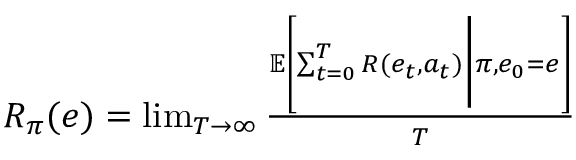
\begin{array} { r } { R _ { \pi } ( e ) = \operatorname* { l i m } _ { T \rightarrow \infty } \frac { \mathbb { E } \left[ \sum _ { t = 0 } ^ { T } R ( e _ { t } , a _ { t } ) \bigg \rvert \pi , e _ { 0 } = e \right] } { T } } \end{array}